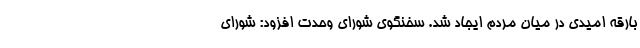
بارقه امیدی در میان مردم ایجاد شد. سخنگوی شورای وحدت افزود: شورای